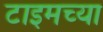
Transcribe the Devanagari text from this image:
टाइमच्या